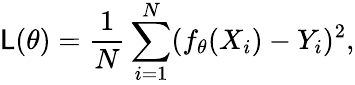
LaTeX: \mathsf{L}(\theta)=\frac{{1}}{{N}}\sum_{i=1}^{N}(f_{\theta}(X_{i})-Y_{i})^{2},